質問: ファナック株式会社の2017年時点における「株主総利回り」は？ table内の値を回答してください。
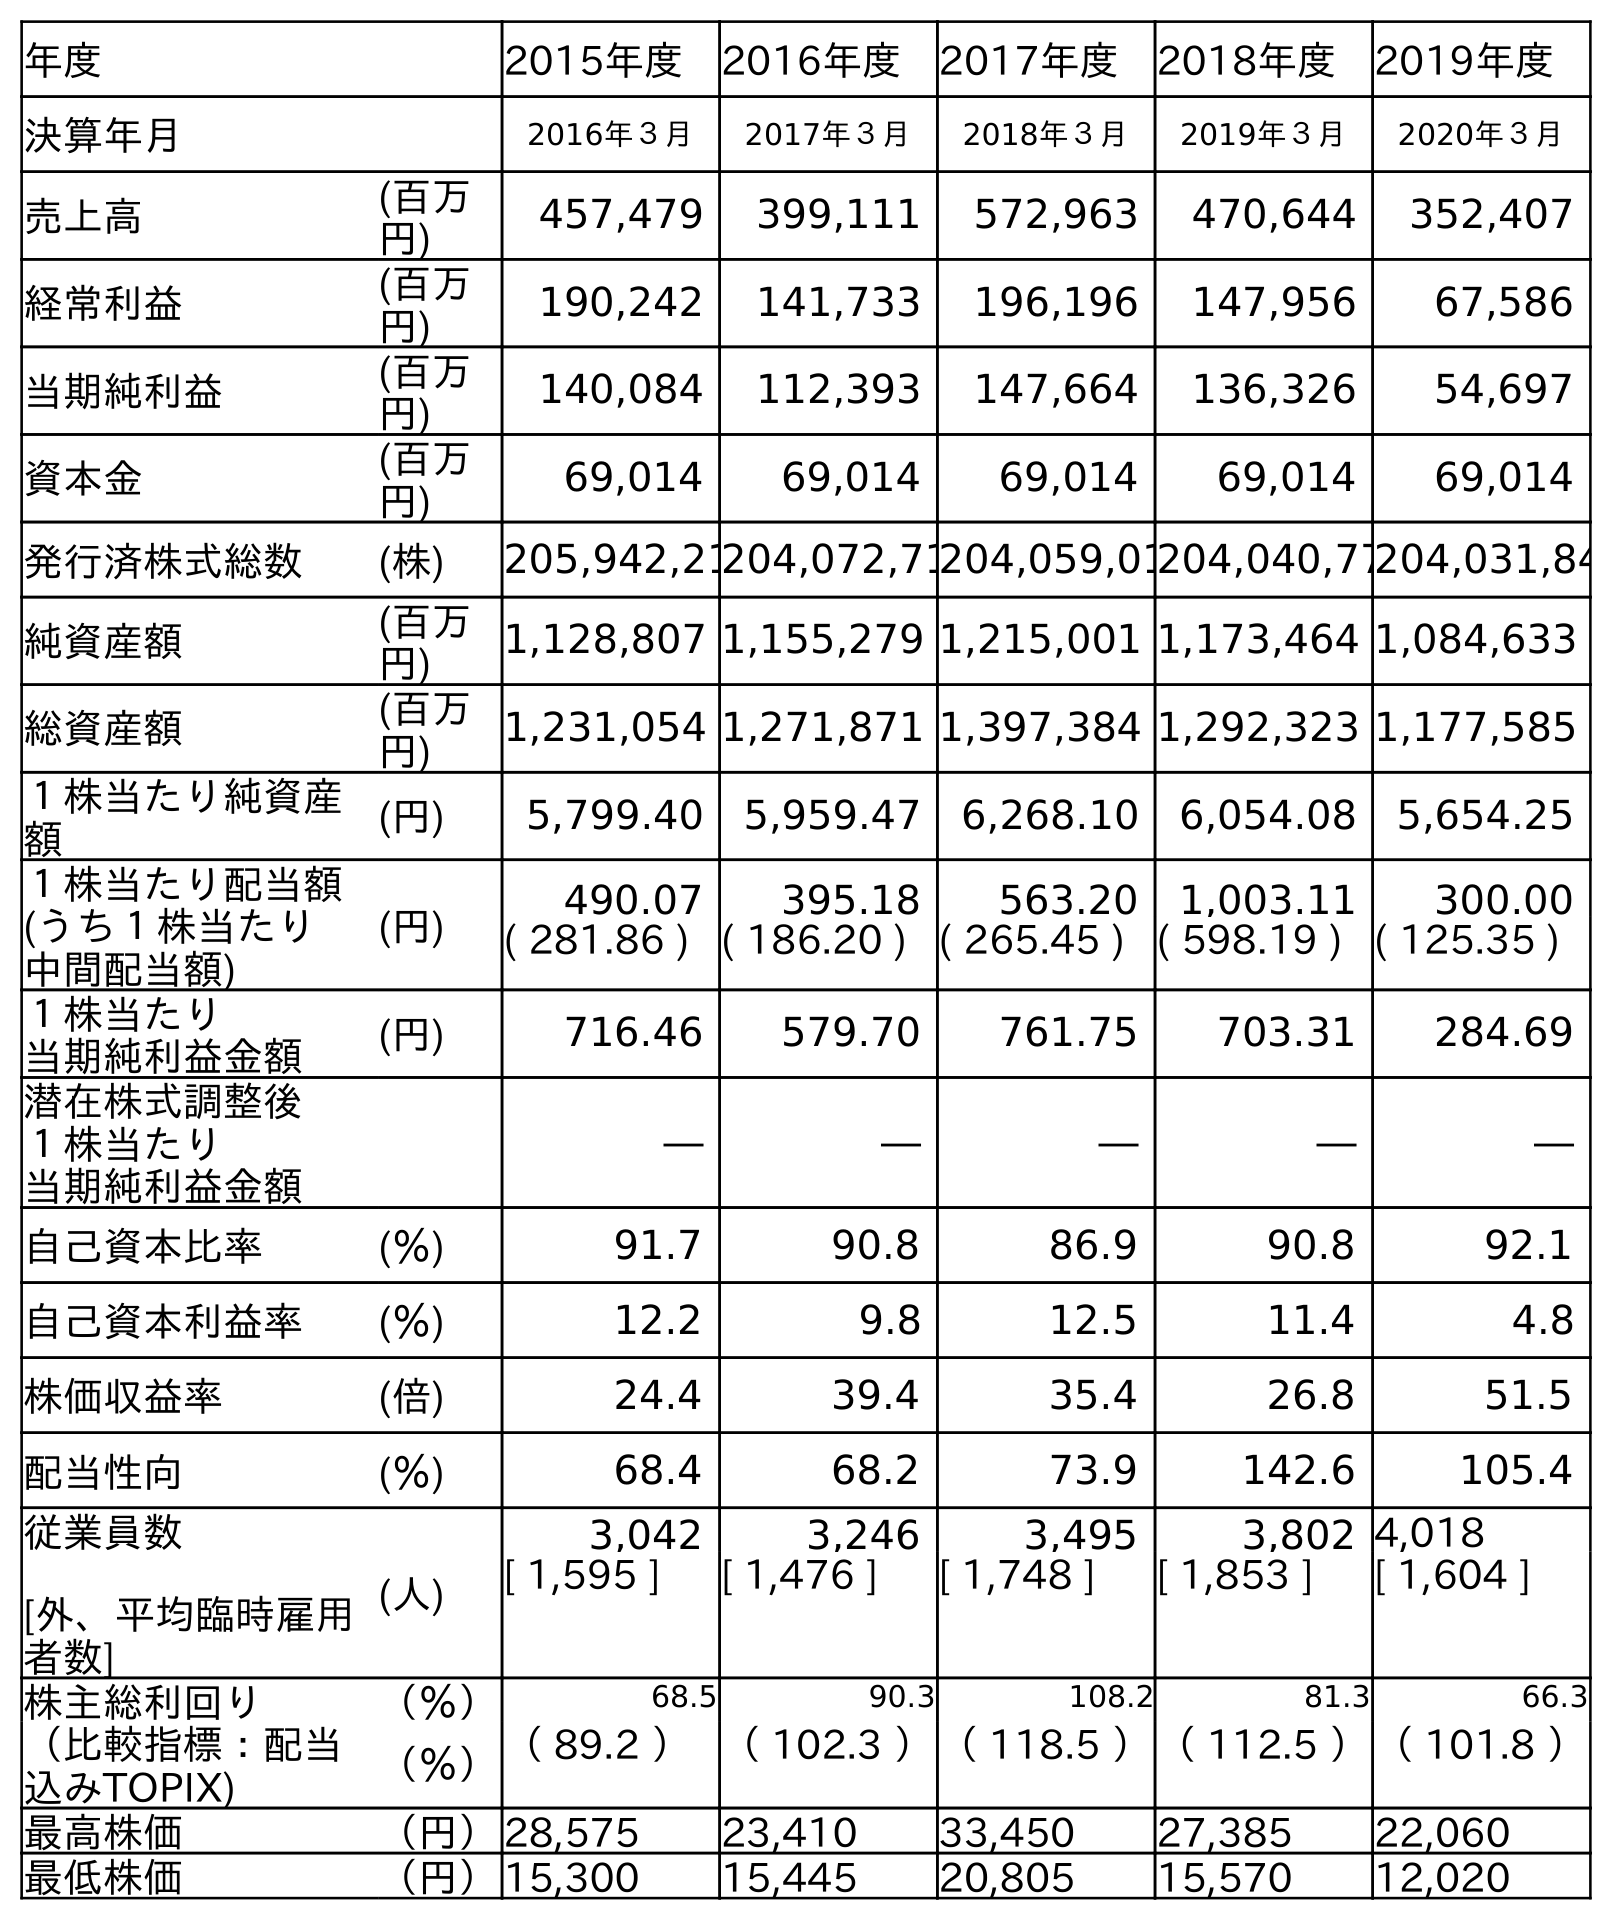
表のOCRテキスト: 年度 2015年度 2016年度 2017年度 2018年度 2019年度 決算年月 2016年３月 2017年３月 2018年３月 2019年３月 2020年３月 売上高 (百万 円) 457,479 399,111 572,963 470,644 352,407 経常利益 (百万 円) 190,242 141,733 196,196 147,956 67,586 当期純利益 (百万 円) 140,084 112,393 147,664 136,326 54,697 資本金 (百万 円) 69,014 69,014 69,014 69,014 69,014 発行済株式総数 (株) 205,942,21204,072,71204,059,01204,040,77204,031,84 純資産額 (百万 円) 1,128,807 1,155,279 1,215,001 1,173,464 1,084,633 総資産額 (百万 円) 1,231,054 1,271,871 1,397,384 1,292,323 1,177,585 １株当たり純資産 額 (円) 5,799.40 5,959.47 6,268.10 6,054.08 5,654.25 １株当たり配当額 (うち１株当たり 中間配当額) (円) 490.07 395.18 563.20 1,003.11 300.00 ( 281.86 ) ( 186.20 ) ( 265.45 ) ( 598.19 ) ( 125.35 ) １株当たり 当期純利益金額 (円) 716.46 579.70 761.75 703.31 284.69 潜在株式調整後 １株当たり 当期純利益金額 ― ― ― ― ― 自己資本比率 (％) 91.7 90.8 86.9 90.8 92.1 自己資本利益率 (％) 12.2 9.8 12.5 11.4 4.8 株価収益率 (倍) 24.4 39.4 35.4 26.8 51.5 配当性向 (％) 68.4 68.2 73.9 142.6 105.4 従業員数 [外、平均臨時雇用 者数] (人) 3,042 3,246 3,495 3,802 4,018 [ 1,595 ] [ 1,476 ] [ 1,748 ] [ 1,853 ] [ 1,604 ] 株主総利回り （％） 68.5 90.3 108.2 81.3 66.3 （比較指標：配当 込みTOPIX) （％）（ 89.2 ）（ 102.3 ）（ 118.5 ）（ 112.5 ）（ 101.8 ） 最高株価 （円）28,575 23,410 33,450 27,385 22,060 最低株価 （円）15,300 15,445 20,805 15,570 12,020
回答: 90.3